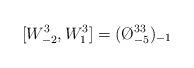
LaTeX: \begin{align*}[W_{-2}^{3},W^{3}_{1}]=(\O ^{33}_{-5})_{-1}\end{align*}